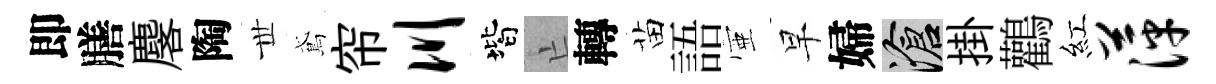
即膳麐陶𠀍鳶帘川階亡轉苗語壺早婦滄掛鸛紅萍